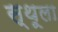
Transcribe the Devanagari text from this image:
स्थूला